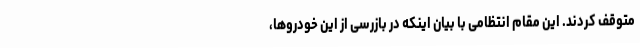
متوقف کردند. این مقام انتظامی با بیان اینکه در بازرسی از این خودروها،